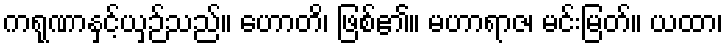
ကရုဏာနှင့်ယှဉ်သည်။ ဟောတိ၊ ဖြစ်၏။ မဟာရာဇ၊ မင်းမြတ်။ ယထာ၊